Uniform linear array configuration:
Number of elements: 8
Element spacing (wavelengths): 1
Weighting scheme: hamming
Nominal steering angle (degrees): -45
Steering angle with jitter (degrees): -44.227
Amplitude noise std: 0.05
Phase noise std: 0.05

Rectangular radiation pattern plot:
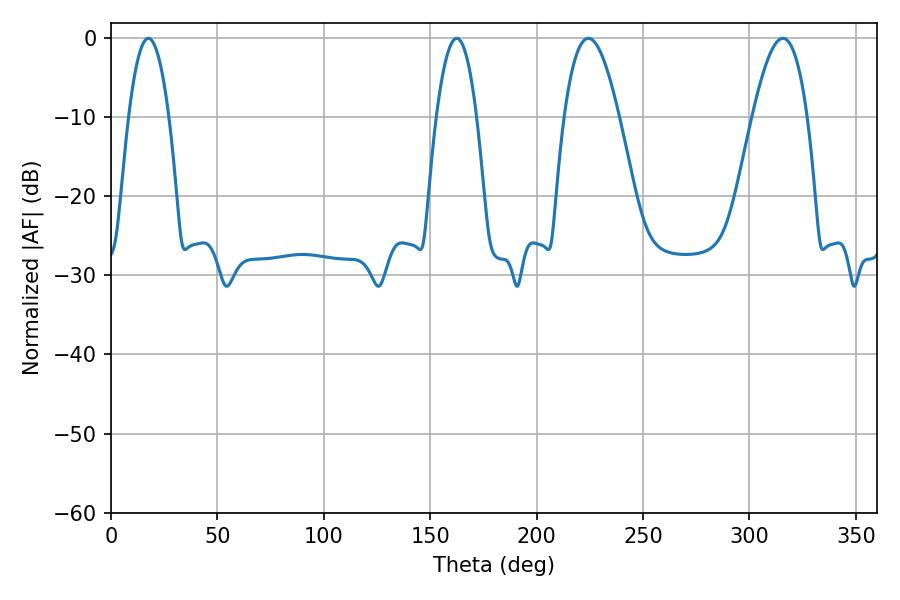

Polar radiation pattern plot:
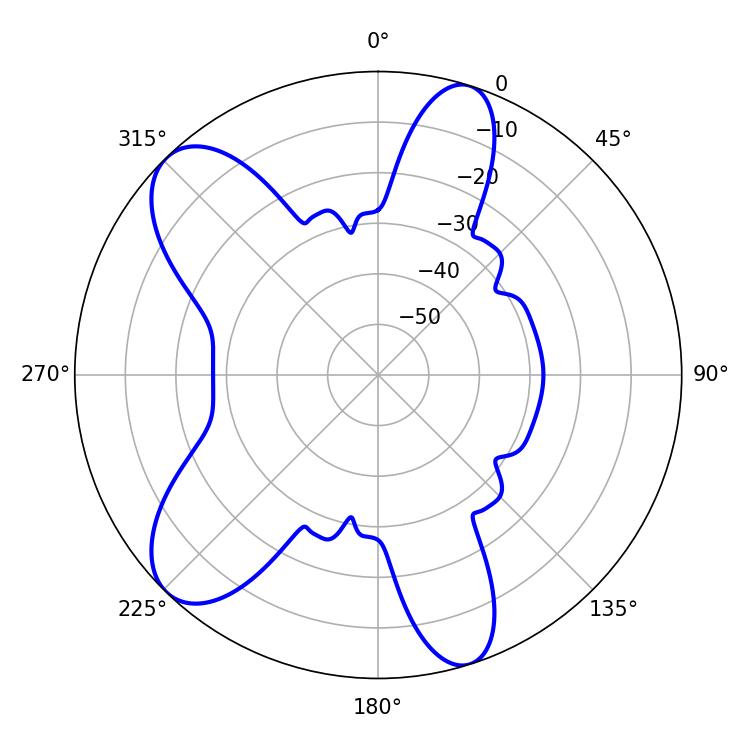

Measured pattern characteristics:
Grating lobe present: TRUE
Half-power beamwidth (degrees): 14.04
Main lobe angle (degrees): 224.28